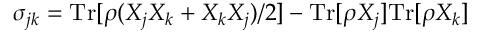
\sigma _ { j k } = \mathrm { T r } [ \rho ( X _ { j } X _ { k } + X _ { k } X _ { j } ) / 2 ] - \mathrm { T r } [ \rho X _ { j } ] \mathrm { T r } [ \rho X _ { k } ]